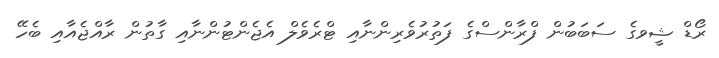
ރޯޑް ޝީވގެ ސަބަބުން ފްރާންސްގެ ފަތުރުވެރިންނާއި ޓްރެވެލް އެޖެންޓުންނާއި ގާތުން ރާއްޖެއާއި ބެހޭ